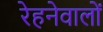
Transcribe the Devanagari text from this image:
रेहनेवालों